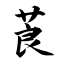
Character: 莨